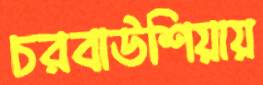
চরবাউশিয়ায়